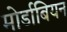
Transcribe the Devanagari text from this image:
मोर्डाबियन